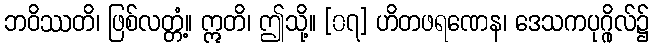
ဘဝိဿတိ၊ ဖြစ်လတ္တံ့။ ဣတိ၊ ဤသို့။ [၀၇] ဟိတဖရဏေန၊ ဒေသကပုဂ္ဂိုလ်၌